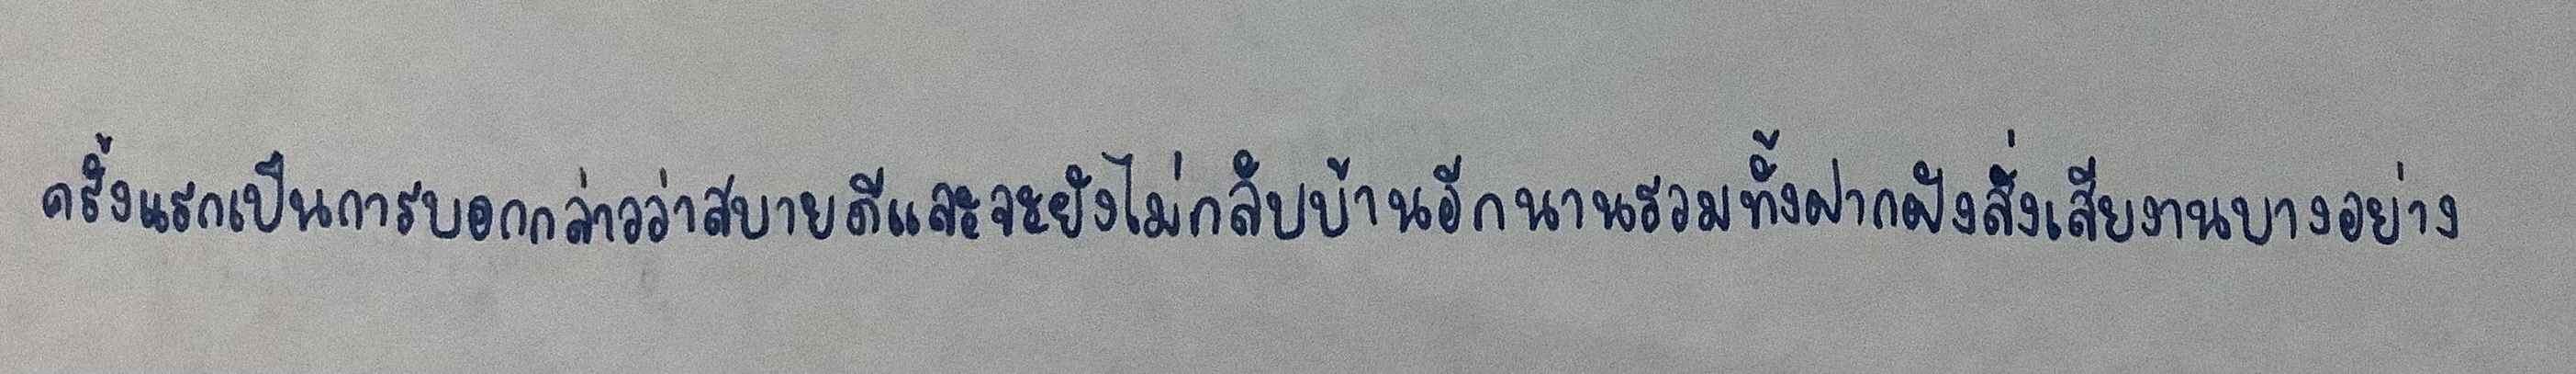
ครั้งแรกเป็นการบอกกล่าวว่าสบายดีและจะยังไม่กลับบ้านอีกนานรวมทั้งฝากฝังสั่งเสียงานบางอย่าง